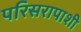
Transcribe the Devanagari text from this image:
परिसरापाशी